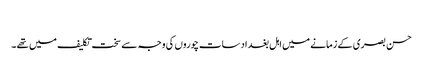
​
حسن بصری کے زمانے میں اہل بغداد سات چوروں کی وجہ سے سخت تکلیف میں تھے ۔